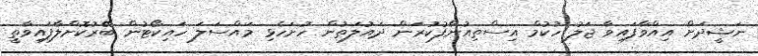
ނަޝީދަށް އިއްވާފައިވާ ޖަލު ހުކުމް އިސްތިއުނާފުކުރަން ދައުލަތުން ހުށަހެޅި މައްސަލަ ހައިކޯޓުން ބޭރުކޮށްލާފައިވާތީ